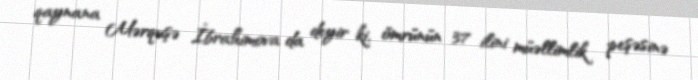
qaynana Mərquşə İbrahimova da deyir ki, ömrünün 37 ilini müəllimlik peşəsinə